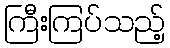
ကြီးကြပ်သည့်